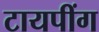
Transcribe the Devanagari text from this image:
टायपींग